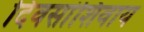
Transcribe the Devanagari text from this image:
दिवसांशिवाय